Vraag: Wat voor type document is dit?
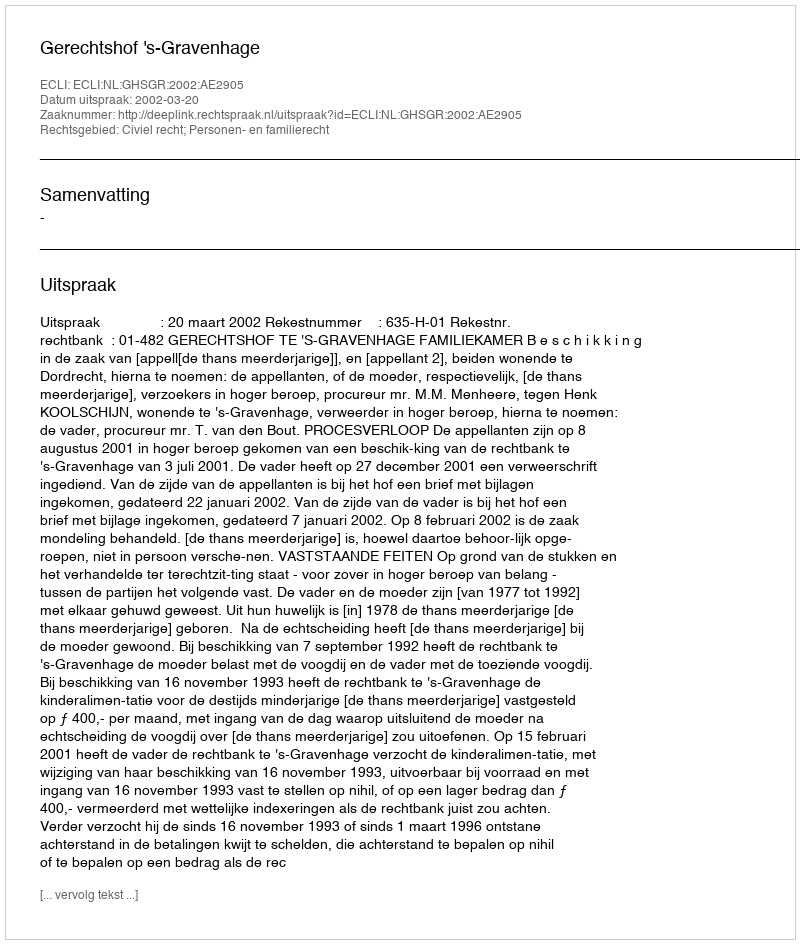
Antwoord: Uitspraak